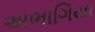
અભાગિયા